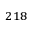
^ { 2 1 8 }